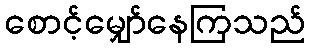
စောင့်မျှော်နေကြသည်